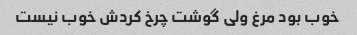
خوب بود مرغ ولی گوشت چرخ کردش خوب نیست